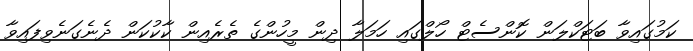
ކަމުގައިވާ ބަޓަކްލަން ކޮންސެޓް ހޯލްގައި ހަމަލާ ދިން މީހުންގެ ތެރެއިން ކާކުކަން ދެނެގަނެވިފައިވާ